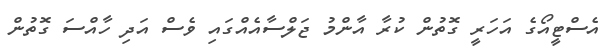
އެސްޓީއޯގެ އަހަރީ ގޮތުން ކުރާ އާންމު ޖަލްސާއެއްގައި ވެސް އަދި ހާއްސަ ގޮތުން